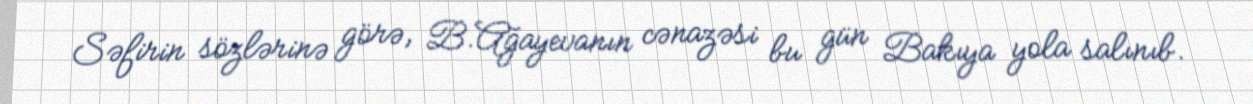
Səfirin sözlərinə görə, B.Ağayevanın cənazəsi bu gün Bakıya yola salınıb.